画像に写った文字を読んでください
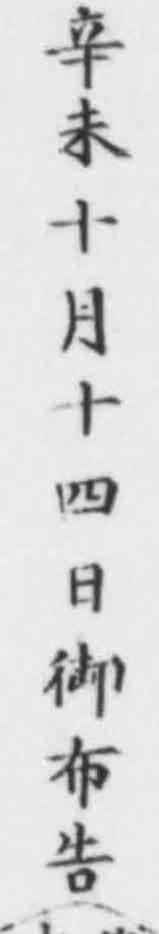
「辛未十月十四日御布告(」と書いてあります